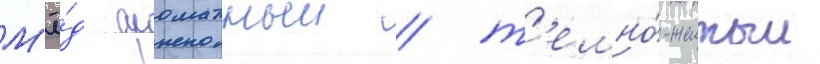
М'ё́д ароматныи / т'емно́-желтыи